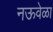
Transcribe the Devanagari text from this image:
नऊवेळा